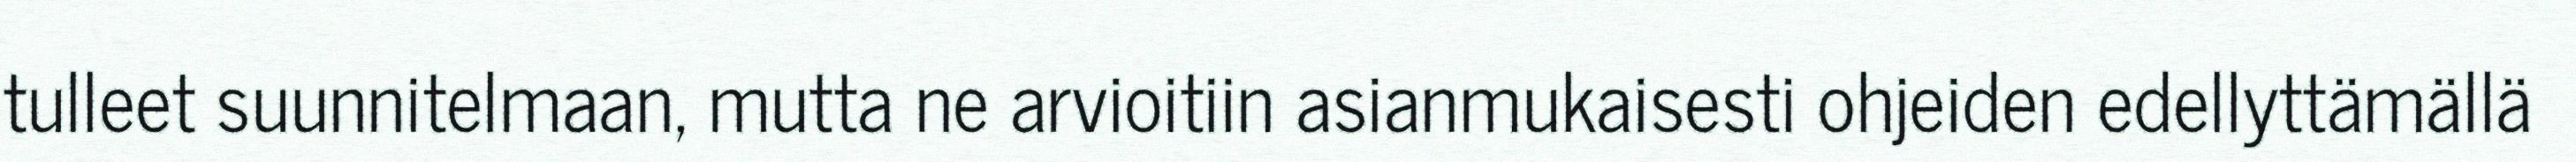
tulleet suunnitelmaan, mutta ne arvioitiin asianmukaisesti ohjeiden edellyttämällä